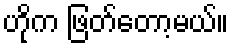
ဟိုက ဖြတ်တော့မယ်။